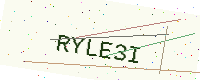
Text: RYLE3I